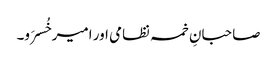
صاحبانِ خمسہ نظامی اور امیر خُسرَو۔